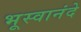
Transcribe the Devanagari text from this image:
भूस्वानंदे